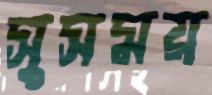
সুসময়